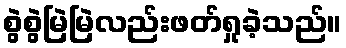
စွဲစွဲမြဲမြဲလည်းဖတ်ရှုခဲ့သည်။